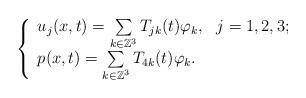
LaTeX: \begin{align*} \left\{ \begin{array}{l} u_j(x,t)=\sum\limits_{k\in \mathbb{Z}^3}T_{jk}(t)\varphi_k,\ \ j=1,2,3;\\ p(x,t)=\sum\limits_{k\in \mathbb{Z}^3}T_{4k}(t)\varphi_k. \end{array} \right. \end{align*}